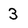
Character: 3